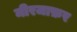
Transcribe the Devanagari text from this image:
मीरजाफ़र